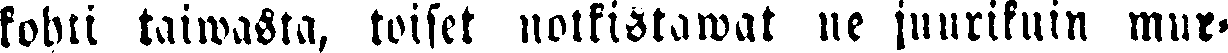
kohti taiwasta, toiset notkistawat ne juurikuin mur-